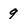
Character: 9